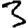
Digit: 3